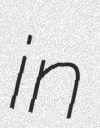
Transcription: in